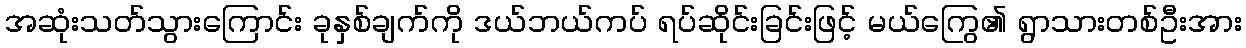
အဆုံးသတ်သွားကြောင်း ခုနှစ်ချက်ကို ဒယ်ဘယ်ကပ် ရပ်ဆိုင်းခြင်းဖြင့် မယ်ကြွေ၏ ရွာသားတစ်ဦးအား